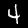
Label: 4